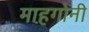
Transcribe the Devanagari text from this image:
माहगोनी